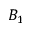
B _ { 1 }